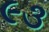
૯૩